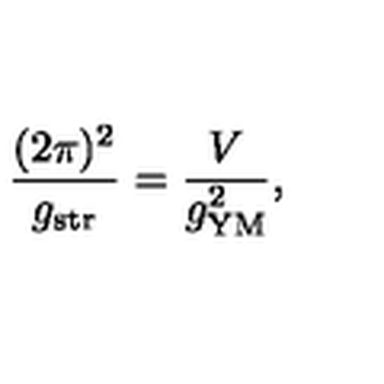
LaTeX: \frac { ( 2 \pi ) ^ { 2 } } { g _ { \mathrm { s t r } } } = \frac { V } { g _ { \mathrm { Y M } } ^ { 2 } } ,